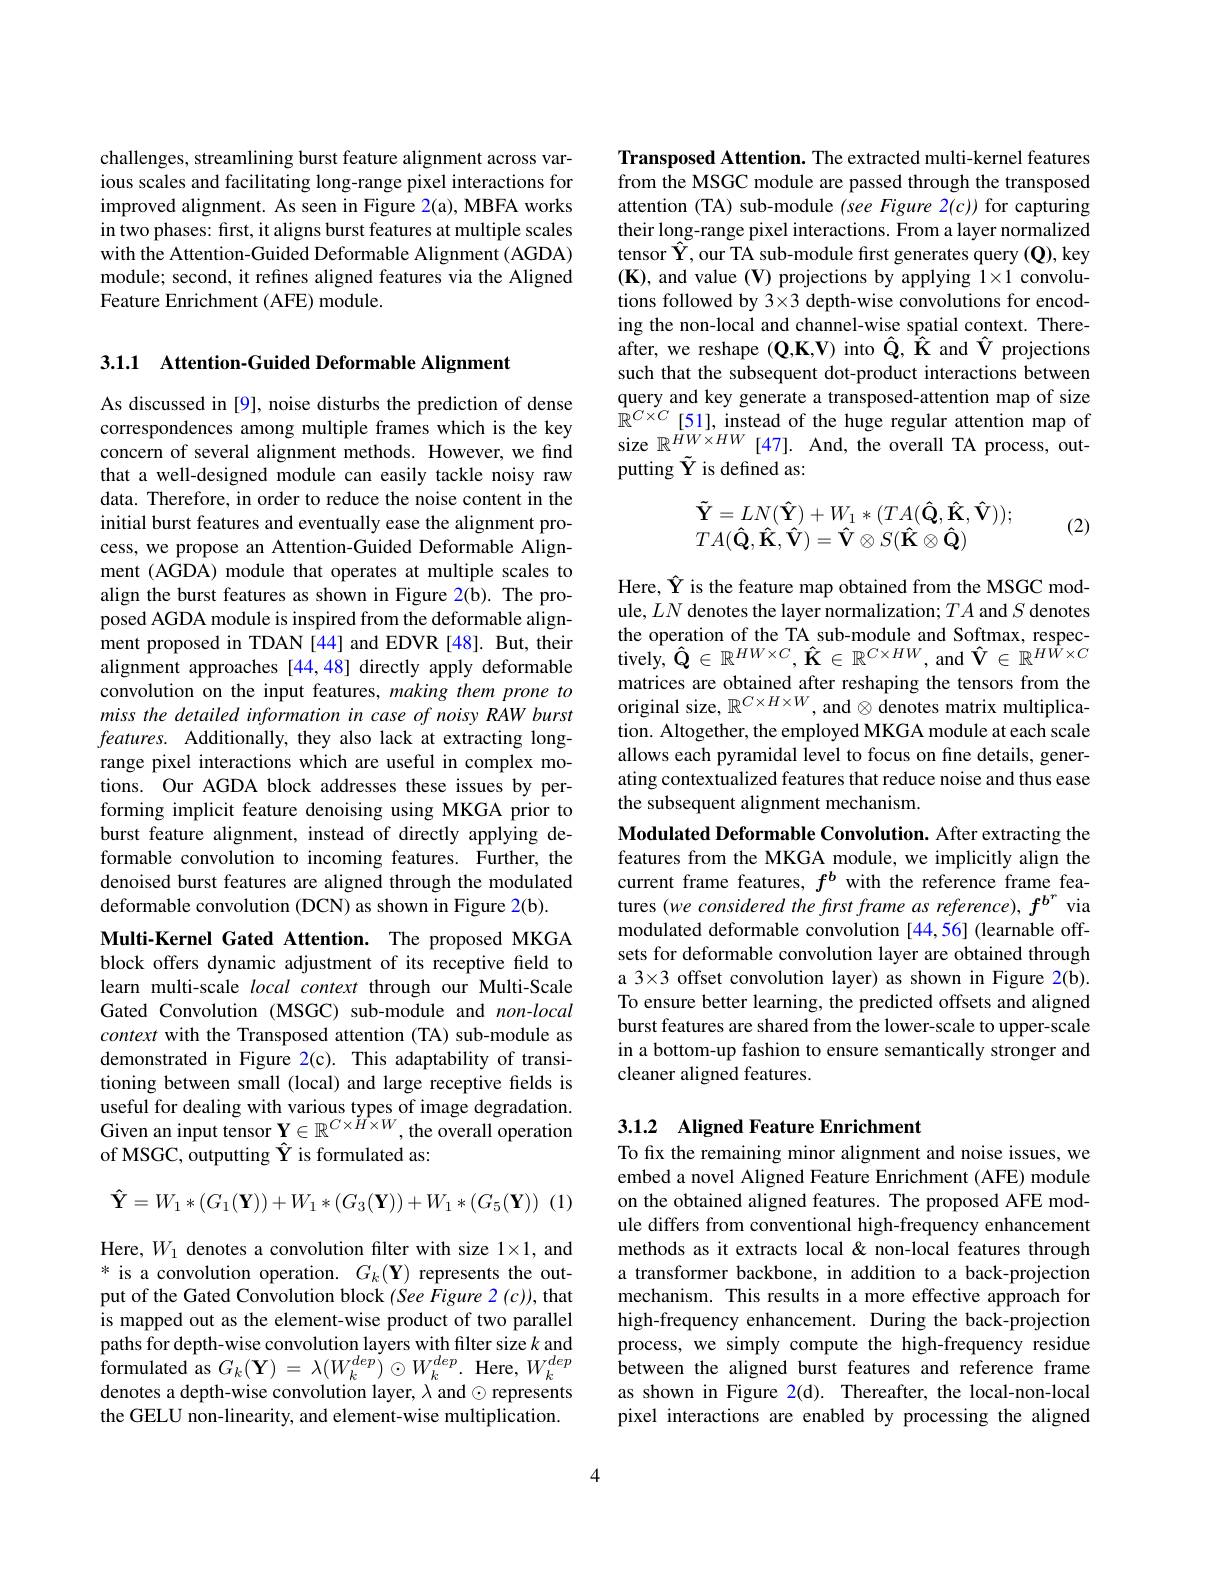
challenges, streamlining burst feature alignment across various scales and facilitating long-range pixel interactions for improved alignment. As seen in Figure 2(a), MBFA works in two phases: first, it aligns burst features at multiple scales with the Attention-Guided Deformable Alignment (AGDA) module; second, it refines aligned features via the Aligned Feature Enrichment (AFE) module.

3.1.1 Attention-Guided Deformable Alignment

As discussed in [9], noise disturbs the prediction of dense correspondences among multiple frames which is the key concern of several alignment methods. However, we find that a well-designed module can easily tackle noisy raw data. Therefore, in order to reduce the noise content in the initial burst features and eventually ease the alignment process, we propose an Attention-Guided Deformable Alignment (AGDA) module that operates at multiple scales to align the burst features as shown in Figure 2(b). The proposed AGDA module is inspired from the deformable alignment proposed in TDAN [44] and EDVR [48]. But, their alignment approaches [44,48] directly apply deformable convolution on the input features, making them prone to miss the detailed information in case of noisy RAW burst features. Additionally, they also lack at extracting longrange pixel interactions which are useful in complex motions. Our AGDA block addresses these issues by performing implicit feature denoising using MKGA prior to burst feature alignment, instead of directly applying deformable convolution to incoming features. Further, the denoised burst features are aligned through the modulated deformable convolution (DCN) as shown in Figure 2(b).
Multi-Kernel Gated Attention. The proposed MKGA

block offers dynamic adjustment of its receptive field to learn multi-scale local context through our Multi-Scale Gated Convolution (MSGC) sub-module and non-local context with the Transposed attention (TA) sub-module as demonstrated in Figure 2(c). This adaptability of transitioning between small (local) and large receptive fields is useful for dealing with various types of image degradation. Given an input tensor $\mathbf{Y}\in\mathbb{R}^{C\times\tilde{H}\times W}$,the overall operation of MSGC, outputting $\hat{\mathbf{Y}}$ is formulated as:
$$\mathbf\hat{\mathbf Y}=W_1*(G_1(\mathbf Y))+W_1*(G_3(\mathbf Y))+W_1*(G_5(\mathbf Y))$$
(1)

Here, $W_1$ denotes a convolution filter with size $1\times1$, and $^*$ is a convolution operation. $G_k(\mathbf{Y})$ represents the output of the Gated Convolution block (See Figure 2 (c)), that is mapped out as the element-wise product of two parallel paths for depth-wise convolution layers with filter size $k$ and $\begin{array}{ll}{\mathrm{prmulated~as~}G_{k}(\mathbf{Y})=\lambda(W_{k}^{dep})\odot W_{k}^{dep}.\mathrm{~Here,~}W_{k}^{dep}}\\{\mathrm{formulated~as~}G_{k}(\mathbf{Y})=\lambda(W_{k}^{dep})\odot W_{k}^{dep}.\mathrm{~Here,~}W_{k}^{dep}}\end{array}$ denotes a depth-wise convolution layer, $\lambda$ and $\odot$ represents the GELU non-linearity, and element-wise multiplication.

Transposed Attention. The extracted multi-kernel features from the MSGC module are passed through the transposed attention (TA) sub-module (see Figure 2(c)) for capturing their long-range pixel interactions. From a layer normalized tensor $\hat{\mathbf{Y}}$,our TA sub-module first generates query(Q), key $(\mathbf{K})$, and value (V) projections by applying $1\times1$ convolutions followed by 3×3 depth-wise convolutions for encoding the non-local and channel-wise spatial context. Thereafter, we reshape $(\mathbf{Q},\mathbf{K},\mathbf{V})$ into $\hat{\mathbf{Q}},\hat{\mathbf{K}}$ and $\hat{\mathbf{V}}$ projections such that the subsequent dot-product interactions between query and key generate a transposed-attention map of size $\mathbb{R}^{C\times C}$[51],instead of the huge regular attention map of size $\mathbb{R}^{HW\times HW}$ [47]. And, the overall TA process, outputting $\tilde{\mathbf{Y}}$ is defined as:
$$\begin{array}{l}\tilde{\mathbf{Y}}=LN(\mathbf{\hat{Y}})+W_1*(TA(\mathbf{\hat{Q}},\mathbf{\hat{K}},\mathbf{\hat{V}}));\\TA(\mathbf{\hat{Q}},\mathbf{\hat{K}},\mathbf{\hat{V}})=\mathbf{\hat{V}}\otimes S(\mathbf{\hat{K}}\otimes\mathbf{\hat{Q}})\end{array}$$
(2)

Here, $\hat{\mathbf{Y}}$ is the feature map obtained from the MSGC module, $LN$ denotes the layer normalization; $TA$ and $S$ denotes the operation of the TA sub-module and Softmax, respec- $\hat{\text{tively, }}\hat{\mathbf{Q}}\in\mathbb{R}^{HW\times C},\hat{\mathbf{K}}\in\mathbb{R}^{C\times HW}$,and$\hat{\mathbf{V}}\in\mathbb{R}^{H\hat{W}\times C}$ $\begin{array}{l}\text{matrices are obtained after reshaping the tensors from the}\\\text{original size, }\mathbb{R}^{C\times H\times W},\mathrm{~and~}\otimes\mathrm{~denotes~matrix~multiplica-}\end{array}$ tion. Altogether, the employed MKGA module at each scale allows each pyramidal level to focus on fine details, generating contextualized features that reduce noise and thus ease the subsequent alignment mechanism.
Modulated Deformable Convolution. After extracting the features from the MKGA module, we implicitly align the current frame features, $f^b$ with the reference frame features (we considered the first frame as reference), $f^{b^r}$ via modulated deformable convolution [44,56] (learnable offsets for deformable convolution layer are obtained through a 3×3 offset convolution layer) as shown in Figure 2(b). To ensure better learning, the predicted offsets and aligned burst features are shared from the lower-scale to upper-scale in a bottom-up fashion to ensure semantically stronger and cleaner aligned features.

## 3.1.2 Aligned Feature Enrichment To fo fix the remaining minor alignment and noise issues, we

embed a novel Aligned Feature Enrichment (AFE) module on the obtained aligned features. The proposed AFE module differs from conventional high-frequency enhancement methods as it extracts local &non-local features through a transformer backbone, in addition to a back-projection mechanism. This results in a more effective approach for high-frequency enhancement. During the back-projection process, we simply compute the high-frequency residue between the aligned burst features and reference frame as shown in Figure 2(d). Thereafter, the local-non-local pixel interactions are enabled by processing the aligned

4